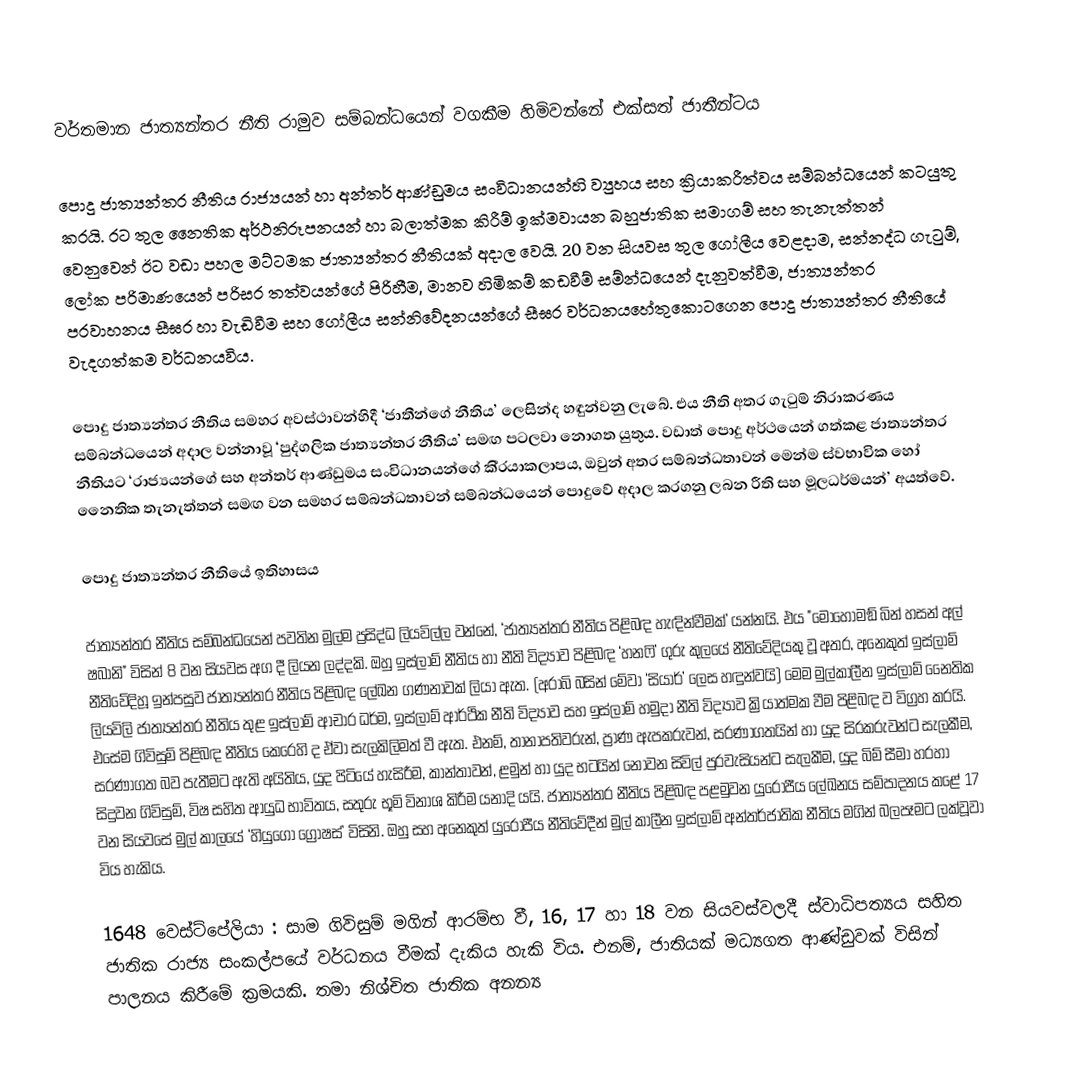
වර්තමාන ජාත්‍යන්තර නීති රාමුව සම්බන්ධයෙන් වගකීම හිමිවන්නේ එක්සත් ජාතීන්ටය

පොදු ජාත්‍යන්තර නීතිය රාජ්‍යයන් හා අන්තර් ආණ්ඩුමය සංවිධානයන්හි ව්‍යුහය සහ ක්‍රියාකරීත්වය සම්බන්ධයෙන් කටයුතු කරයි. රට තුල නෛතික අර්ථනිරූපනයන් හා  බලාත්මක කිරීම් ඉක්මවායන බහුජාතික සමාගම් සහ තැනැත්තන් වෙනුවෙන් ඊට වඩා පහල මට්ටමක ජාත්‍යන්තර නීතියක් අදාල වෙයි. 20 වන සියවස තුල ගෝලීය වෙළ‍දාම, සන්නද්ධ ගැටුම්, ලෝක පරිමාණයෙන් පරිසර තත්වයන්ගේ පිරිහීම, මානව හිමිකම් කඩවීම් සම්න්ධයෙන් දැනුවත්වීම, ජාත්‍යන්තර ප‍්‍රවාහනය සීඝ‍්‍ර හා වැඩිවීම සහ ගෝලීය සන්නිවේදනයන්ගේ සීඝ‍්‍ර වර්ධනයහේතුකොටගෙන පොදු ජාත්‍යන්තර නීතියේ වැදගත්කම වර්ධනයවිය.

පොදු ජාත්‍යන්තර නීතිය සමහර අවස්ථාවන්හිදී ‘ජාතීන්ගේ නීතිය’ ලෙසින්ද හඳුන්වනු ලැබේ.  එය නීති අතර ගැටුම් නිරාකරණය සම්බන්ධයෙන් අදාල වන්නාවූ ‘පුද්ගලික ජාත්‍යන්තර නීතිය’ සමඟ පටලවා නොගත යුතුය. වඩාත් පොදු අර්ථයෙන් ගත්කළ ජාත්‍යන්තර නීතියට ‘රාජ්‍යයන්ගේ සහ අන්තර් ආණ්ඩුමය සංවිධානයන්ගේ කි‍්‍රයාකලාපය, ඔවුන් අතර සම්බන්ධතාවන් මෙන්ම ස්වභාවික හෝ නෛතික තැනැත්තන් සමඟ වන සමහර සම්බන්ධතාවන් සම්බන්ධයෙන් පොදුවේ අදාල කරගනු ලබන රීති සහ මූලධර්මයන්’ අයත්වේ.

පොදු ජාත්‍යන්තර නීතියේ ඉතිහාසය

ජාත්‍යන්තර නීතිය සම්බන්ධයෙන් පවතින මුල්ම ප්‍රසිද්ධ ලියවිල්ල වන්නේ, ‘ජාත්‍යන්තර නීතිය පිළිබඳ හැඳින්වීමක්’ යන්නයි. එය "මොහොමඞ් බින් හසන් අල් ෂබානි" විසින් 8 වන සියවස අග දී ලියන ලද්දකි. ඔහු ඉස්ලාම් නීතිය හා නීති විද්‍යාව පිළිබඳ ‘හනෆි’ ගුරු කුලයේ නීතිවේදියකු වූ අතර, අනෙකුත් ඉස්ලාම් නීතිවේදිහූ ඉන්පසුව ජාත්‍යන්තර නීතිය පිළිබඳ ලේඛන ගණනාවක් ලියා ඇත. (අරාබි බසින් මේවා ‘සියාර්’ ලෙස හඳුන්වයි) මෙම මුල්කාලීන ඉස්ලාම් නෛතික ලියවිලි ජාත්‍යන්තර නීතිය තුළ ඉස්ලාම් ආචාර ධර්ම, ඉස්ලාම් ආර්ථික නීති විද්‍යාව සහ ඉස්ලාම් හමුදා නීති විද්‍යාව ක්‍රියාත්මක වීම පිළිබඳ ව විග්‍රහ කරයි. එසේම ගිවිසුම් පිළිබඳ නීතිය කෙරෙහි ද ඒවා සැලකිලිමත් වී ඇත. එනම්, තානාපතිවරුන්, ප්‍රාණ ඇපකරුවන්, සරණාගතයින් හා යුද සිරකරුවන්ට සැලකීම, සරණාගත බව පැතීමට ඇති අයිතිය, යුද පිටියේ හැසිරීම, කාන්තාවන්, ළමුන් හා යුද භටයින් නොවන සිවිල් පුරවැසියන්ට සැලකීම, යුද බිම් සීමා හරහා සිදුවන ගිවිසුම්, විෂ සහිත ආයුධ භාවිතය, සතුරු භූමි විනාශ කිරීම යනාදි යයි. ජාත්‍යන්තර නීතිය පිළිබඳ පළමුවන යුරෝපීය ලේඛනය සම්පාදනය කළේ 17 වන සියවසේ මුල් කාලයේ ‘හියුගෝ ග්‍රොෂස්’ විසිනි. ඔහු සහ අනෙකුත් යුරෝපීය නීතිවේදීන් මුල් කාලීන ඉස්ලාම් අන්තර්ජාතික නීතිය මගින් බලපෑමට ලක්වූවා විය හැකිය.

1648 වෙස්ට්පේලියා : සාම ගිවිසුම් මගින් ආරම්භ වී, 16, 17 හා 18 වන සියවස්වලදී ස්වාධිපත්‍යය සහිත ජාතික රාජ්‍ය සංකල්පයේ වර්ධනය වීමක් දැකිය හැකි විය. එනම්, ජාතියක් මධ්‍යගත ආණ්ඩුවක් විසින් පාලනය කිරීමේ ක්‍රමයකි. තමා නිශ්චිත ජාතික අනන්‍ය